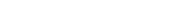
٩٤